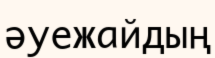
әуежайдың